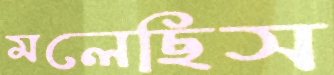
মলেছিস